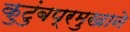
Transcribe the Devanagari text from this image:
कुटुंबप्रमुखाने